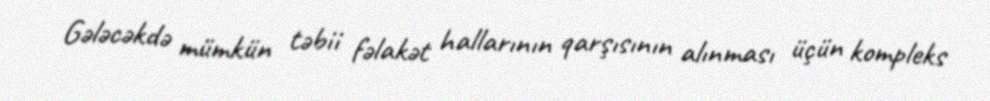
Gələcəkdə mümkün təbii fəlakət hallarının qarşısının alınması üçün kompleks